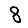
Digit: 8